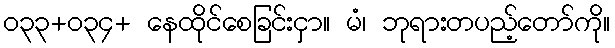
၀၃၃+၀၃၄+ နေထိုင်စေခြင်းငှာ။ မံ၊ ဘုရားတပည့်တော်ကို။